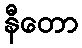
နီတော